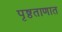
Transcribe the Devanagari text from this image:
पृष्ठताणात